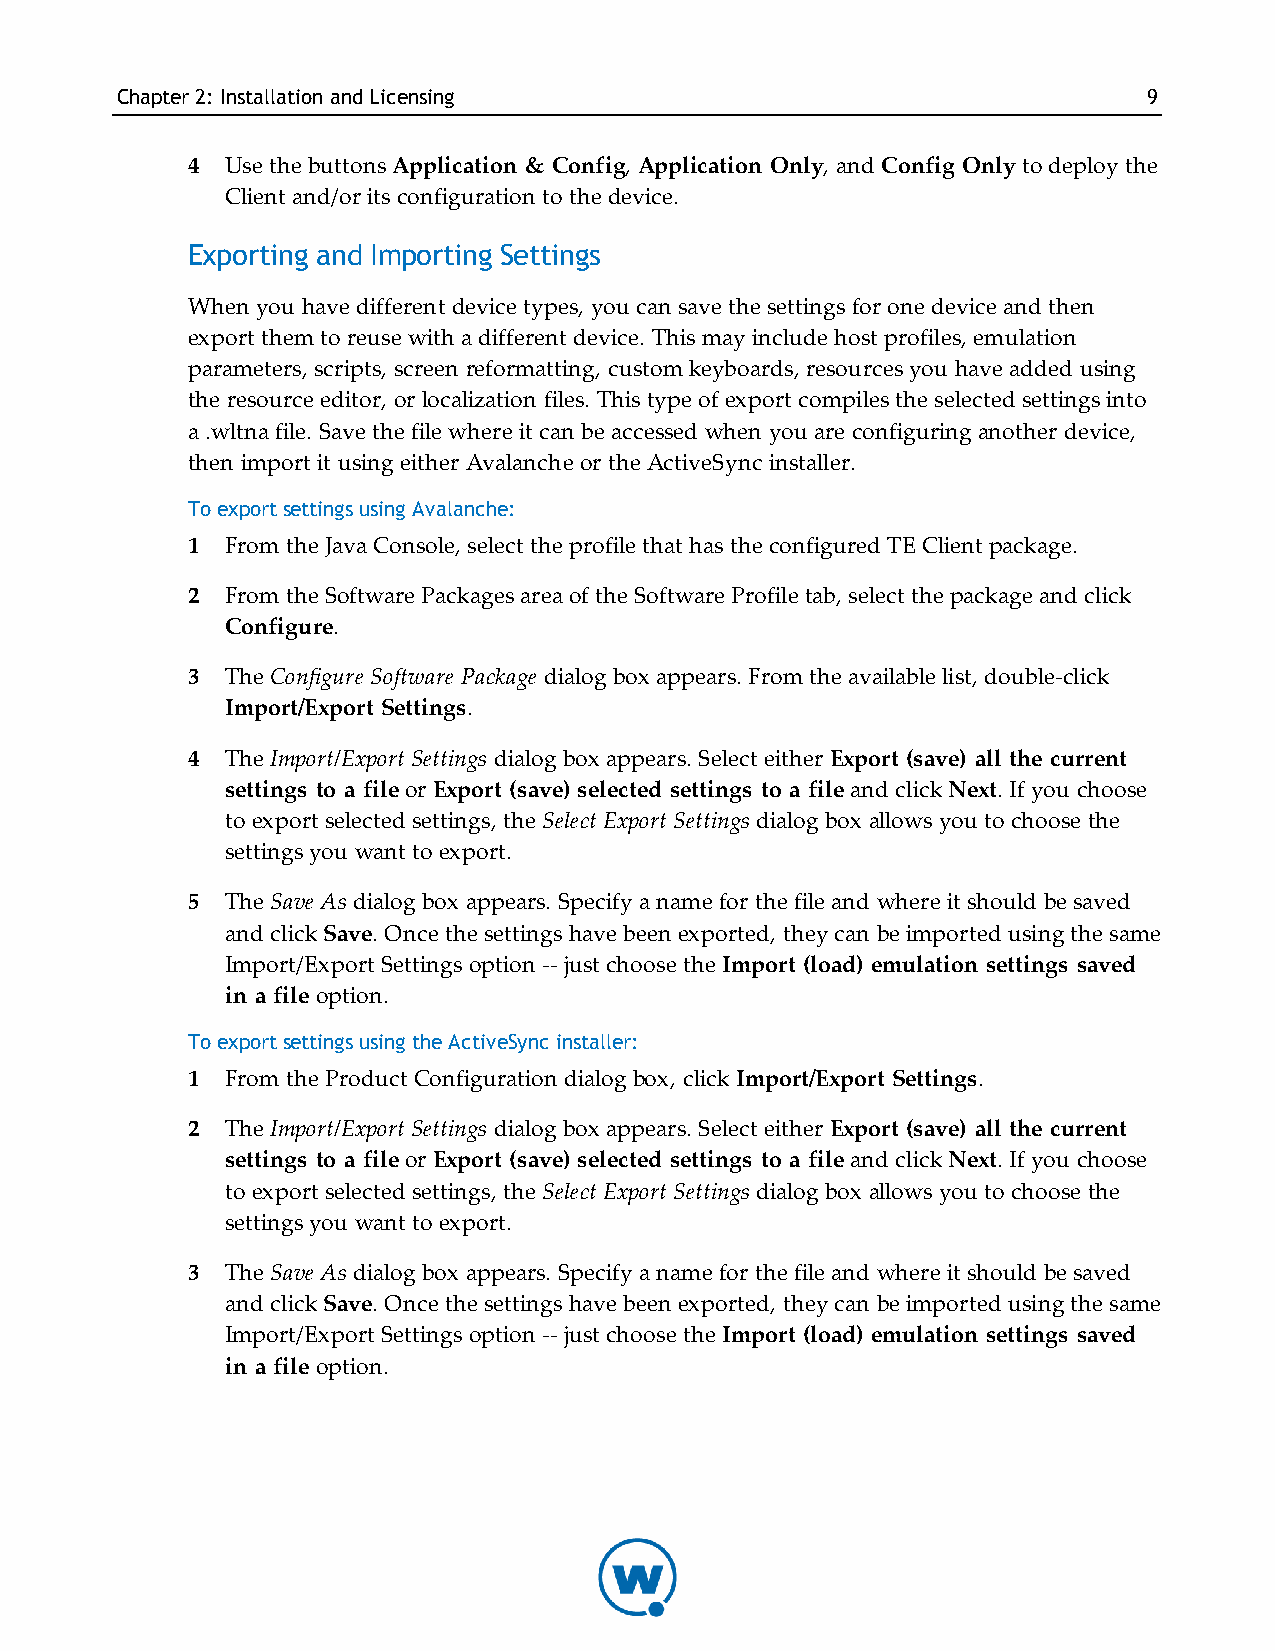
Chapter2: InstallationandLicensing                                  9
 4  Use the buttons Application & Config, Application Only, and Config Only to deploy the
 Client and/or its configuration to the device.
 Exporting and Importing Settings
 When you have different device types, you can save the settings for one device and then
 export them to reuse with a different device. This may include host profiles, emulation
 parameters, scripts, screen reformatting, custom keyboards, resources you have added using
 the resource editor, or localization files. This type of export compiles the selected settings into
 a .wltna file. Save the file where it can be accessed when you are configuring another device,
 then import it using either Avalanche or the ActiveSync installer.
 To export settings using Avalanche:
 1  From the Java Console, select the profile that has the configured TE Client package.
 2  From the Software Packages area of the Software Profile tab, select the package and click
 Configure.
 3  The Configure Software Package dialog box appears. From the available list, double-click
 Import/Export Settings.
 4  The Import/Export Settings dialog box appears. Select either Export (save) all the current
 settings to a file or Export (save) selected settings to a file and click Next. If you choose
 to export selected settings, the Select Export Settings dialog box allows you to choose the
 settings you want to export.
 5  The Save As dialog box appears. Specify a name for the file and where it should be saved
 and click Save. Once the settings have been exported, they can be imported using the same
 Import/Export Settings option -- just choose the Import (load) emulation settings saved
 in a file option.
 To export settings using the ActiveSync installer:
 1  From the Product Configuration dialog box, click Import/Export Settings.
 2  The Import/Export Settings dialog box appears. Select either Export (save) all the current
 settings to a file or Export (save) selected settings to a file and click Next. If you choose
 to export selected settings, the Select Export Settings dialog box allows you to choose the
 settings you want to export.
 3  The Save As dialog box appears. Specify a name for the file and where it should be saved
 and click Save. Once the settings have been exported, they can be imported using the same
 Import/Export Settings option -- just choose the Import (load) emulation settings saved
 in a file option.